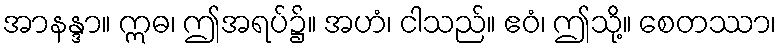
အာနန္ဒာ။ ဣဓ၊ ဤအရပ်၌။ အဟံ၊ ငါသည်။ ဧဝံ၊ ဤသို့။ စေတဿာ၊